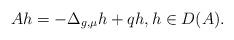
LaTeX: \begin{align*}A h=-\Delta_{g,\mu}h + q h,h\in D(A).\end{align*}